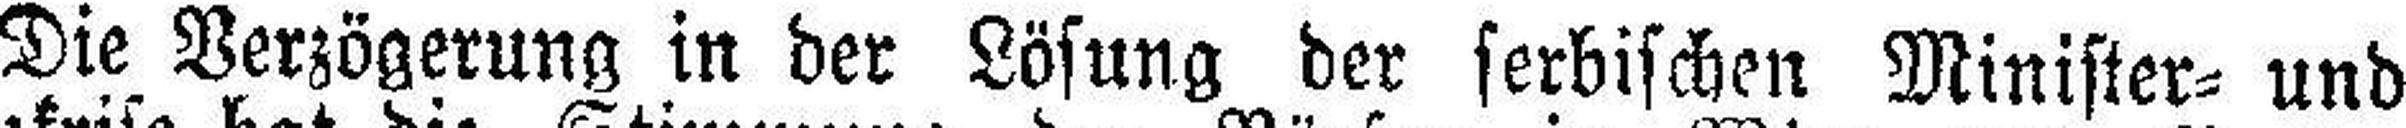
Die Verzögerung in der Lösung der serbischen Minister= und